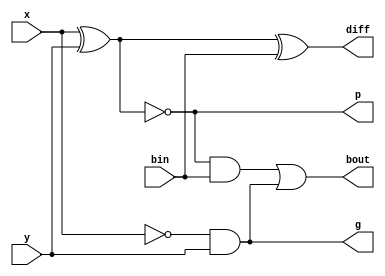
// ---------------------------------------------------------------------
//    Module:     1-bit Full Subtractor 
//    Contact:    hoser21@up.edu and schendel21@up.edu
// ---------------------------------------------------------------------

module full_subtractor (bout, diff, p, g, x, y, bin);

output bout, diff, p ,g;
input x, y, bin;

wire x_not, p, g, p_not, p_prime;

not a1 (x_not, x);
and a2 (g, x_not, y);
xnor a3 (p, x, y);
not a4(p_not, p);
xor a5 (diff, p_not, bin);
and a6 (p_prime, p, bin);
or a7 (bout, p_prime, g);

endmodule